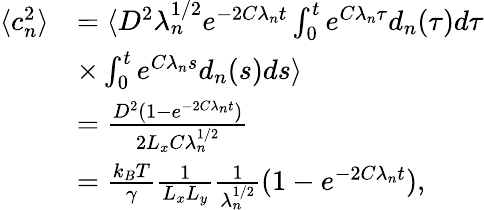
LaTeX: \begin{array}{rl}{\langle c_{n}^{2}\rangle}&{=\langle D^{2}\lambda_{n}^{1/2}e^{-2C\lambda_{n}t}\int_{0}^{t}e^{C\lambda_{n}\tau}d_{n}(\tau)d\tau}\\ &{\times\int_{0}^{t}e^{C\lambda_{n}s}d_{n}(s)ds\rangle}\\ &{=\frac{D^{2}(1-e^{-2C\lambda_{n}t})}{2L_{x}C\lambda_{n}^{1/2}}}\\ &{=\frac{k_{B}T}{\gamma}\frac{1}{L_{x}L_{y}}\frac{1}{\lambda_{n}^{1/2}}(1-e^{-2C\lambda_{n}t}),}\end{array}